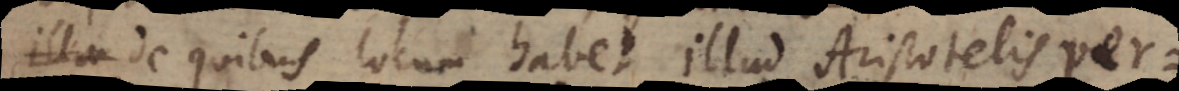
de quibus locum habet illud Aristotelis per